Annual statistical returns and brief notes on vaccination in Bengal - 1909-1929
Year: 1909
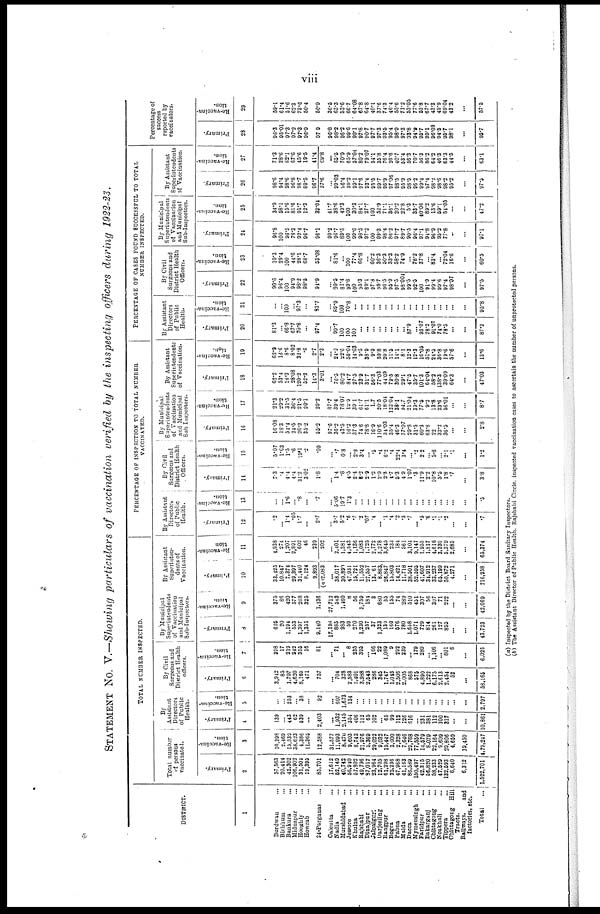
viii
STATEMENT No. V.—Showing particulars of vaccination verified by the inspecting officers during 1922-23.
DISTRICT.
1
Burdwan ...
Birhbum ...
Bankura ...
Midnapur ...
Hooghly ...
Howrah ...
24-Parganas ...
Calcutta
...
Nadia ...
Murshidabad ...
Jessore ...
Khulna ...
Rajshahi ...
Dinajpur ...
Jalpaiguri ...
Darjeeling ...
Rangpur ...
Bogra ...
Pabna ...
Malda ...
Dacca ...
Mymensingh ...
Faridpur
...
Bakarganj ...
Chittagong ...
Noakhali ...
Tippera ...
Chittgong Hill
Tracts.
Railways,
and
factories, etc.
Total
...
TOTAL NUMBER INSPECTED.
Total number
of persons
vaccinated.
Primary.
2
57,563
20,414
42,302
106,902
31,501
19,395
85,701
17,612
52,149
40,742
56,940
57,902
49,796
87,017
23,964
12,705
61,298
22,236
47,968
41,163
86,589
150,497
42,315
56,820
58,233
47,529
132,593
6,640
6,312
1,522,701
Re-vaccina-
tion.
3
10,398
2,469
15,539
38,623
4,386
11,365
12,588
31,577
11,993
8,470
9,603
8,743
21,976
5,369
29,022
9,032
19,447
3,000
2,328
7,646
29,768
77,559
14,579
8,079
22,164
9,609
29,806
4,659
19,450
4,79,247
By
Assistant
Directors
of Public
Health.
Primary.
4
139
...
443
62
539
...
2,403
...
1,932
2,145
354
406
112
65
102
... 65
99
112
126
616
... 231
381
112
100
317
...
...
10,861
Re-vaccina-
tion.
5
...
... 253
... 33
...
92
...
607
1,673
134
...
...
...
...
...
...
...
...
...
...
...
...
...
...
...
...
...
...
2,797
By Civil
Surgeons and
District Health
officers.
Primary.
6
3,942
85
1,797
4,620
8,165
471
757
... 704
328
2,583
1,401
3,988
2,543
286
345
1,747
1,013
2,506
2,005
868
575
4,890
1,222
6,175
2,613
2,454
52
...
58,165
Re-vaccina-
tion.
7
398
17
219
242
355
16
81
... 71
... 8
235
395
... 166
22
1,089
9
292
239
... 179
280
... 1,106
... 601
6
...
6,026
By Municipal
Superintendents
of Vaccination
and Municipal
Sub-Inspectors.
Primary.
8
625
20
1,194
553
1,397
1,351
9,140
17,193
885
983
59
270
1,230
257
37
1,323
130
160
576
780
1,658
1,071
729
814
261
127
895
...
...
43,723
Re-vaccina-
tion.
9
375
86
420
577
268
325
1,136
27,712
543
1,460
8
56
5,759
181
3
680
35
155
74
289
510
451
307
56
307
71
222
...
...
42,069
By Assistant
Superinten-
dents of
Vaccination.
Primary.
10
33,425
10,847
7,374
29,397
31,440
8,124
9,893
(a)2,083
...
38,017
30,890
47,931
15,721
11,552
27,557
13,061
8,863
26,847
15,803
14,421
11,718
38,501
52,595
41,607
31,912
33,237
65,199
50,872
4,271
...
716,258
Re-vaccina-
tion
11
4,938
274
1,207
2,891
602
46
239
202
... 2,401
1,381
4,543
1,136
1,083
1,725
2,772
3,278
3,645
233
184
561
3,104
9,147
1,955
1,817
4,616
3,330
5,379
2,685
...
65,374
PERCENTAGE OF INSPECTION TO TOTAL NUMBER
VACCINATED.
By Assistant
Directors
of Public
Health.
Primary.
12
.2
... 1.4
.05
1.7
...
2.7
... 3.7
5.2
.6
.7
.2
.07
.4
... .1
.4
.2
.3
.7
... .5
.6
.1
.1
.2
...
...
.7
Re-vaccina-
tion.
13
...
... 1.6
... .8
...
.7
... 5.06
19.7
1.36
...
...
...
...
...
...
...
...
...
...
...
...
...
...
...
...
...
...
.5
By Civil
Surgeons and
District Health
Officers.
Primary.
11
7.3
.4
4.4
4.4
31.2
3.02
1.8
... 1.4
.8
4.5
2.4
8.2
2.9
1.2
2.9
2.8
4.7
5.3
4.9
1.07
.3
11.9
2.2
10.8
5.5
1.8
.7
...
3.8
Re-vaccina-
tion.
15
5.07
1.03
1.5
.6
19.1
.2
.09
... .7
0.8
... 2.9
3.4
... .5
.4
6.2
.4
22.4
3.4
... .2
2.2
... 5.8
... 2.1
.1
...
1.2
By Municipal
Superintendents
of Vaccination
and Municipal
Sub Inspectors.
Primary.
16
16.08
18.3
54.4
24.5
26.2
35.2
55.2
97.6
36.2
43.5
16.2
37.3
74.6
78.8
16.9
110.6
34.03
35.4
46.3
77.07
29.8
31.5
60.3
63.6
22
32.2
36.5
...
...
2.8
Re-vaccina-
tion.
17
21.3
29.2
31.5
36.4
21.5
29.1
29.2
87.7
39.4
78.07
12.9
39.1
61.7
61.1
1.7
20.5
18.04
122.04
38.1
94.7
21.04
39.3
77.5
9.2
13.8
23.6
56.01
...
...
8.7
By Assistant
Superintendents
of Vaccination.
Primary.
18
62.2
53.4
18.3
28.08
120.2
52.2
14.3
3.01
...
76.5
80.2
84.7
27.5
23.9
31.7
56.3
77.03
44.09
72.5
30.8
29.1
47.5
35.7
101.3
64.04
58.2
138.3
39.09
64.3
...
47.03
Re-vaccina-
tions.
19
62.9
18.6
8.6
8.02
32.8
.6
2.7
2.3
... 24.2
22.6
50.04
14.03
9.5
38.9
9.9
59.8
20.8
11.5
14.1
8.1
12.3
12.3
16.05
51.8
24.5
36.8
19.6
57.6
...
13.6
PERCENTAGE OF CASES FOUND SUCCESSFUL TO TOTAL
NUMBER INSPECTED.
By Assistant
Directors
of Public
Health.
Primary.
20
81.3
...
66.8
67.7
70.8
...
97.4
... 99.7
100
100
100
...
...
...
...
... ...
...
... 87.9
... 93.07
78.2
91.07
74.0
78.5
...
...
87.3
Re-vaccina-
tion.
21
...
... 100
...
97.3
...
83.7
... 89.9
100
70.8
...
...
...
...
...
...
...
...
...
...
...
...
...
...
...
...
...
...
95.8
By Civil
Surgeons and
District Health
Officers.
Primary.
22
90.6
96.4
100
94.9
98.2
98.5
94.9
... 99.5
81.4
99.8
100
95.3
89.1
97.3
99.7
96.5
95.9
97.5
98.004
99.5
92.5
100
91.9
99.4
99.6
97.4
98.07
...
97.5
Re-vaccina-
tion.
23
10.3
29.4
100
44.6
28.1
68.7
53.03
...
81.6
... 100
77.4
66.8
...
60.2
36.3
50.3
33.3
58.2
74.9
... 78.2
37.8
... 83.4
... 72.04
16.6
...
60.5
By Municipal
Superintendents
of Vaccination
and Municipal
Sub-Inspectors.
Primary.
24
96.8
100
96.5
73.3
92.4
96.7
96.1
99.2
96.7
89.5
100
99.6
98.5
97.2
100
99.3
98.4
86.2
97.7
89.7
90.5
96.4
97.1
94.8
96.9
95.2
77.8
...
...
97.1
Re-vaccina-
tion.
25
34.9
58.1
15.6
81.6
91.7
12.3
32.04
41.7
38.6
49.3
100
30.3
84.1
27.7
100
52.9
71.1
36.1
20.2
22.8
5.3
33.7
40.06
89.2
13.6
59.1
54.05
...
...
47.2
By Assistant
Superintendents
of Vaccination.
Primary.
26
98.6
94.4
98.6
96.8
98.7
89.5
96.7
97.6
...
99.03
96.4
99.2
99.1
97.6
93.4
95.5
99.7
96.9
97.06
98.5
95.9
98.9
96.2
99.4
97.4
98.2
98.6
98.2
95.2
...
97.5
Re-vaccina-
tion.
27
71.3
28.6
82.1
67.6
45.6
19.5
41.4
69.8
...
65.5
70.9
65.9
57.04
80.2
79.07
54.1
35.8
76.4
26.6
40.7
53.4
56.3
70.7
56.3
86.2
64.2
46.3
63.3
44.5
...
63.1
Percentage of
success
reported by
vaccinators.
Primary.
28
96.3
95.01
97.3
97.2
97.3
96.9
97.9
96.8
98.2
96.2
99.6
99.1
97.8
90.7
97.7
97.3
93.5
95.4
98.9
97.3
93.8
94.9
95.7
95.1
96.09
94.5
95.7
98.1
...
95.7
Re-vaccina-
tion.
29
59.1
61.4
51.6
62.3
73.6
50.4
50.9
36.5
63.3
53.6
66.7
64.08
67.8
64.8
40.1
37.6
74.3
46.4
55.6
71.2
53.05
77.6
53.8
67.7
43.3
49.9
69.04
43.2
...
57.5
(a) Inspected by the District Board Sanitary Inspectors.
(b) The Assistant Director of Public Health, Rajshahi Circle, inspected vaccination cases to ascertain the number of unprotected persons.